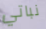
نباتي